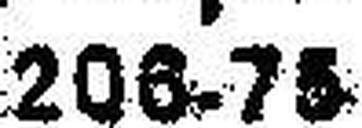
206.75